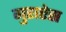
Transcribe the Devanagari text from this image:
गुराऐस